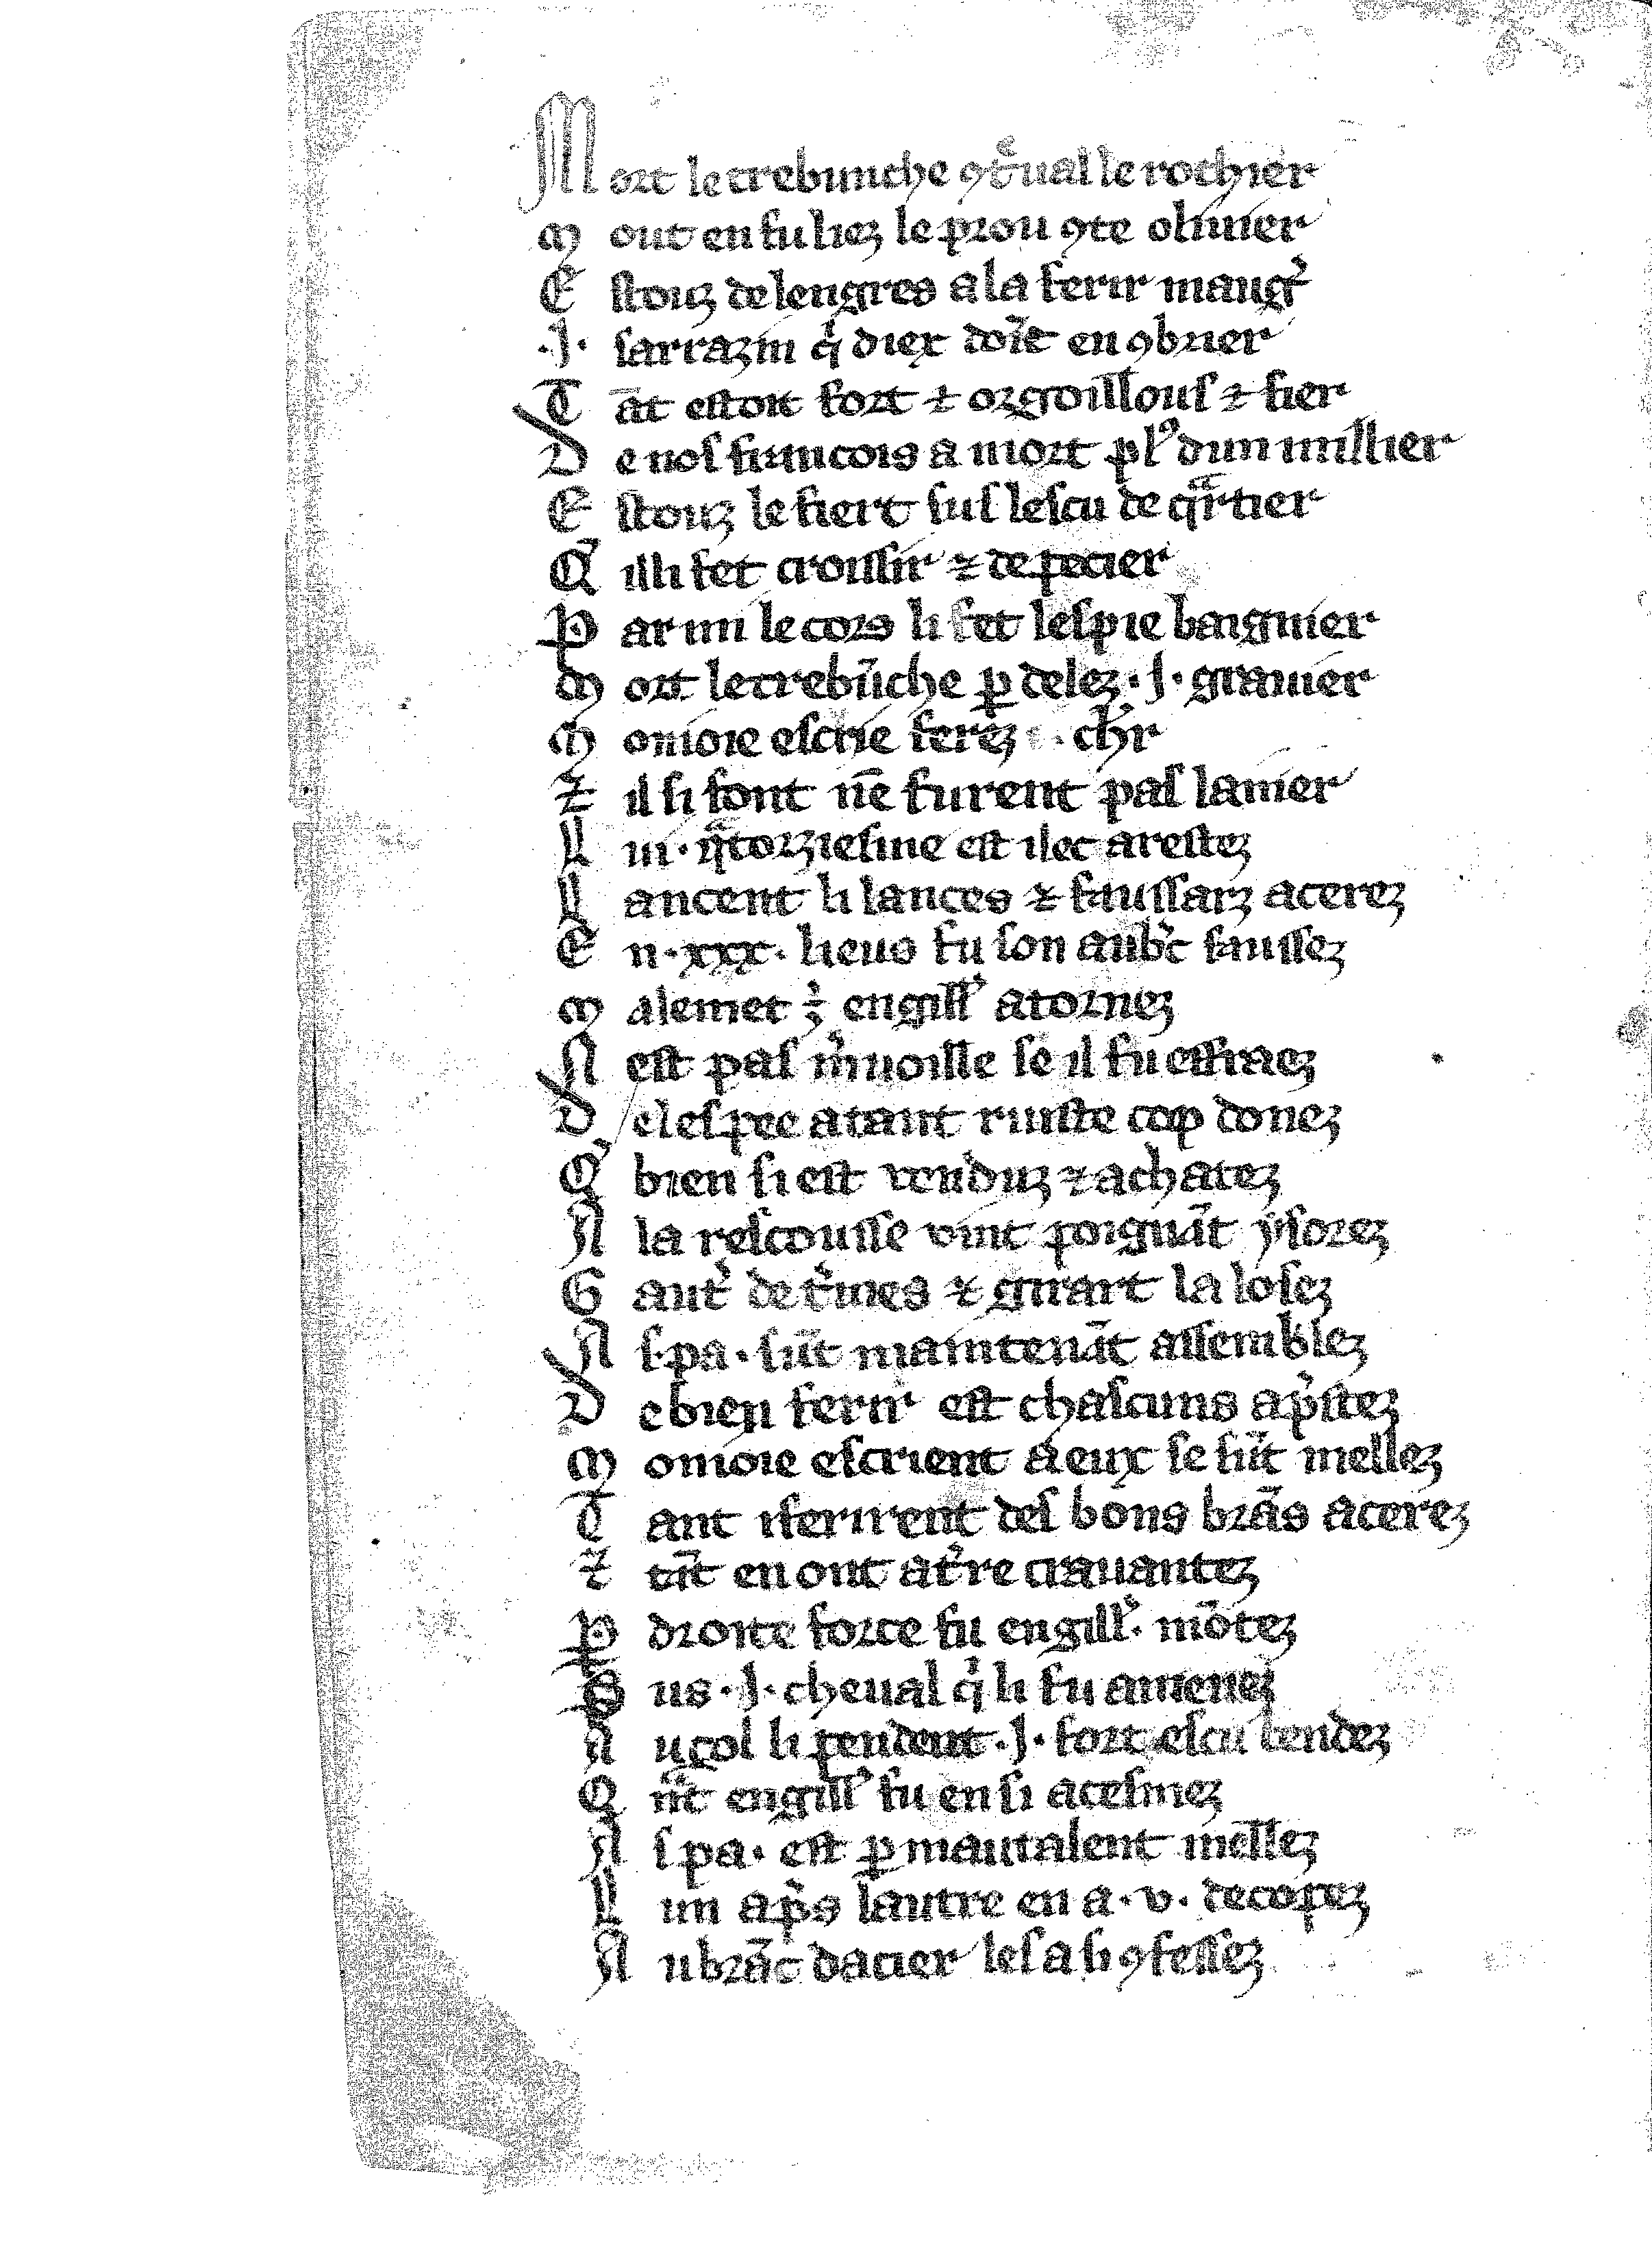
Shelfmark: Vatican, Biblioteca apostolica vaticana, Reg.lat. 1616
Century: 14